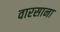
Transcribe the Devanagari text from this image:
वारसाना